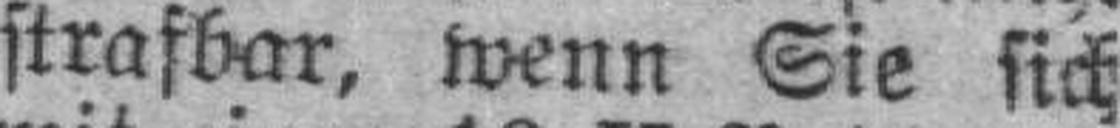
strafbar, wenn Sie sich